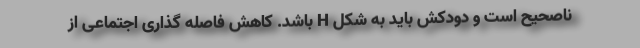
ناصحیح است و دودکش باید به شکل H باشد. کاهش فاصله گذاری اجتماعی از